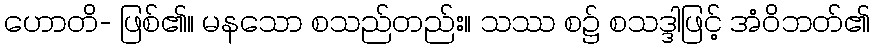
ဟောတိ- ဖြစ်၏။ မနသော စသည်တည်း။ သဿ စ၌ စသဒ္ဒါဖြင့် အံဝိဘတ်၏